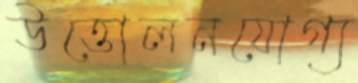
উত্তোলনযোগ্য